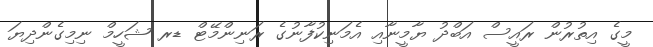
މީގެ އިތުރުން ރައީސް އަބްދު ޔާމީނާއި އެމަނިކުފާނުގެ ރަނިންމޭޓް ޑރ ޝަހީމް ނިމިގެންދިޔަ